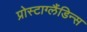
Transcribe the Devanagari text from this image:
प्रोस्टाग्लैंडिन्स